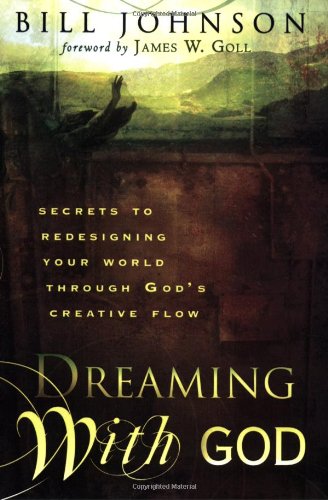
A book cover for Dreaming with God: Secrets to Redesigning Your World Through God's Creative Flow; Bill Johnson; Christian Books & Bibles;